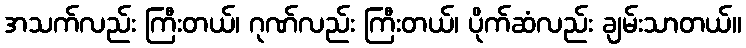
အသက်လည်း ကြီးတယ်၊ ဂုဏ်လည်း ကြီးတယ်၊ ပိုက်ဆံလည်း ချမ်းသာတယ်။